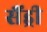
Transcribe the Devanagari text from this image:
सैंड्री